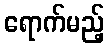
ရောက်မည့်